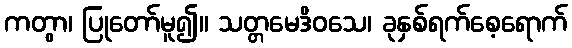
ကတွာ၊ ပြုတော်မူ၍။ သတ္တမေဒိဝသေ၊ ခုနှစ်ရက်စေ့ရောက်